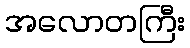
အလောတကြီး